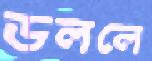
ডললে